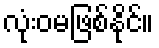
လုံးဝမဖြစ်နိုင်။